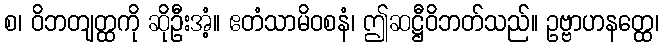
စ၊ ဝိဘတျတ္ထကို ဆိုဦးအံ့။ ဧတံသာမိဝစနံ၊ ဤဆဋ္ဌီဝိဘတ်သည်။ ဥဗ္ဗာဟနတ္ထေ၊